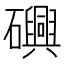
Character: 𮁕